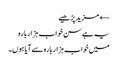
← مزید پڑھیے
یہ ہے سن خواب ہزار بارہ
میں خواب ہزار بارہ سے آیا ہوں۔